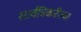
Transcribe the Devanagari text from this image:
सार्वत्रिकरीत्या